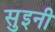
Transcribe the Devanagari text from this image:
सुइनी